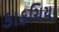
કાકચિયા